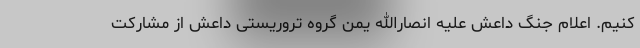
کنیم. اعلام جنگ داعش علیه انصارالله یمن گروه تروریستی داعش از مشارکت